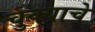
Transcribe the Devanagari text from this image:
चुक्याचे